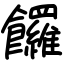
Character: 饠